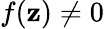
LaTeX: f(\mathbf{z})\neq0